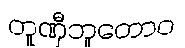
တူဏှီဘူတောဝ